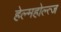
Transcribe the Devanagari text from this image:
हेल्महोल्त्ज